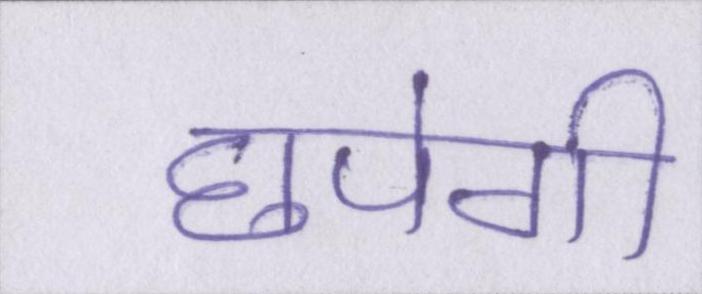
छपेगी